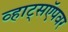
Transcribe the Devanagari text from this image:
व्हाट्सऍपवर